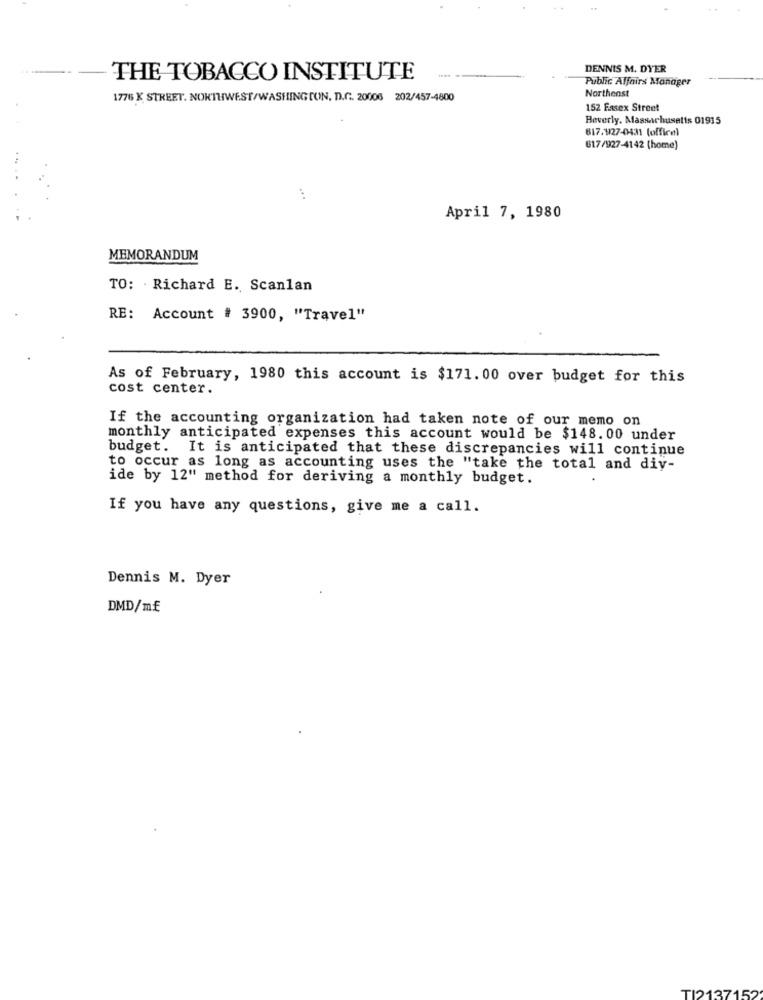
DENNIS M. DYER
THE TOBACCO INSTITUTE
Public Affairs Manager
Northeast
1776 K STREET. NORTHWEST/WASHINGTON, D.C. 20008 202/457-4800
152 Fasex Street
Beverly. Massachusetts 01915
617.127-0431 (office)
617/927-4142 (home)
April 7, 1980
MEMORANDUM
TO: Richard E. Scanlan
RE: Account # 3900, "Travel"
As of February, 1980 this account is $171.00 over budget for this
cost center.
If the accounting organization had taken note of our memo on
monthly anticipated expenses this account would be $148.00 under
budget. It is anticipated that these discrepancies will continue
to occur as long as accounting uses the "take the total and diy-
ide by 12" method for deriving a monthly budget.
If you have any questions, give me a call.
Dennis M. Dyer
DMD/m£
TI2137152